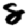
Digit: 8